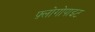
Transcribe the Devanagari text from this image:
फ़्लोगोपाइट